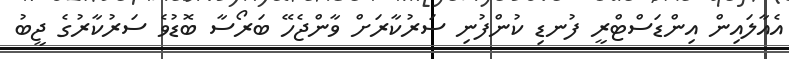
އެއާލައިން އިންޑަސްޓްރީ ފުނޑި ކުންފުނި ސަރުކާރަށް ވާންޖެހޭ ބަރޯސާ ބޮޑުވެ ސަރުކާރުގެ ޖީބު